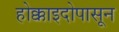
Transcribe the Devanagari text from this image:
होक्काइदोपासून